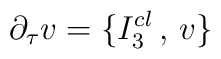
\partial_{\tau} v = \{ I_3^{cl} \, , \,  v \}